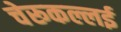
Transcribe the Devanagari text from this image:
चेरूकल्लई